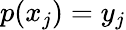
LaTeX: p(x_{j})=y_{j}